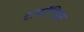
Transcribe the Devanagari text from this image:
टायटॅनिड्स